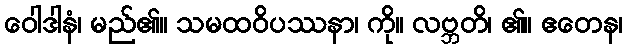
ဝေါဒါနံ၊ မည်၏။ သမထဝိပဿနာ၊ ကို။ လဗ္ဘတိ၊ ၏။ ဧတေန၊